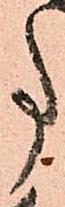
事